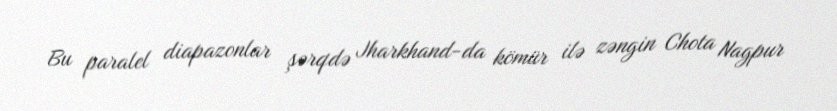
Bu paralel diapazonlar şərqdə Jharkhand-da kömür ilə zəngin Chota Nagpur